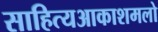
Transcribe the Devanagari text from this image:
साहित्‍यआकाशमलो